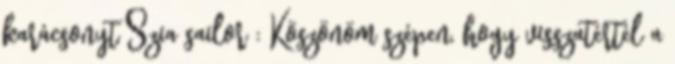
karácsonyt Szia sailor : Köszönöm szépen, hogy visszatértél a